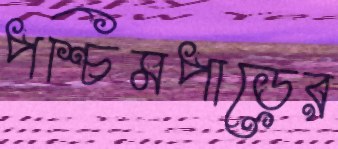
পশ্চিমপাড়ের